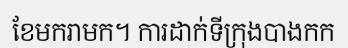
ខែមករាមក។ ការដាក់ទីក្រុងបាងកក